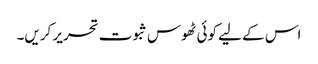
اس کے لیے کوئی ٹھوس ثبوت تحریر کریں۔